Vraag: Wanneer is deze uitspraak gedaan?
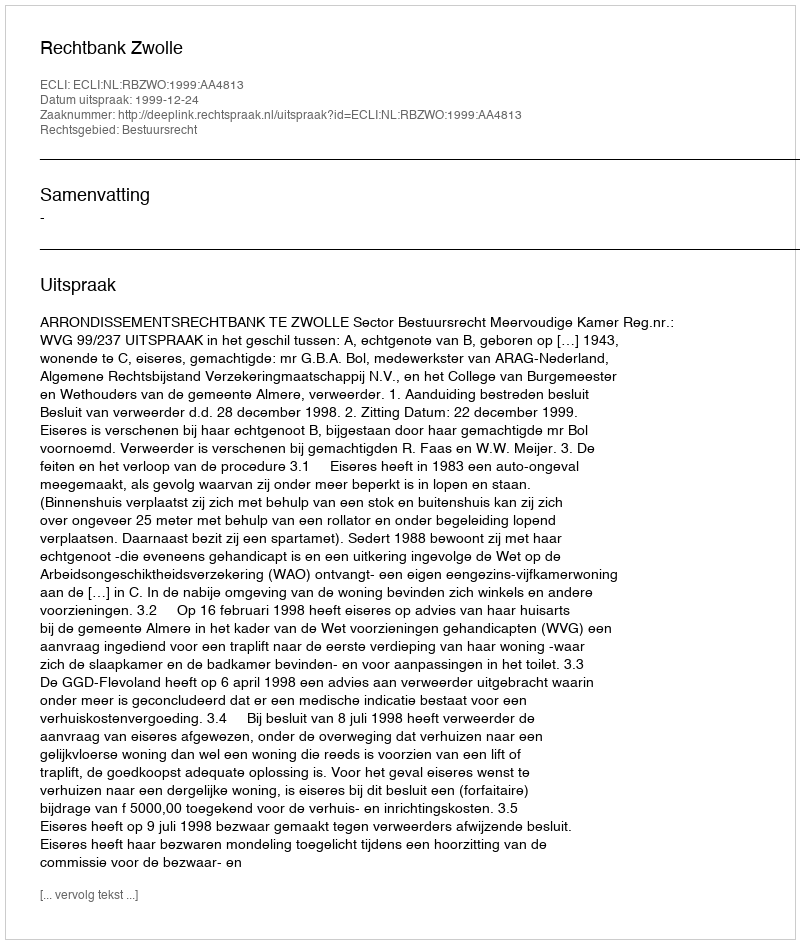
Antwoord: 1999-12-24